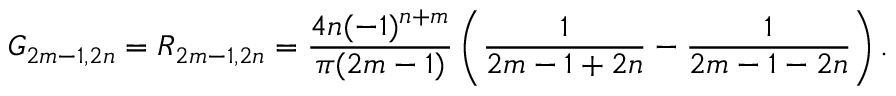
G _ { 2 m - 1 , 2 n } = R _ { 2 m - 1 , 2 n } = \frac { 4 n ( - 1 ) ^ { n + m } } { \pi ( 2 m - 1 ) } \left( \frac { 1 } { 2 m - 1 + 2 n } - \frac { 1 } { 2 m - 1 - 2 n } \right) .